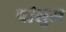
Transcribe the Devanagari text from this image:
पांसुज